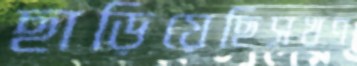
ছাড়িয়েছিসখণ